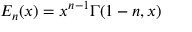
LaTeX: E _ { n } ( x ) = x ^ { n - 1 } \Gamma ( 1 - n , x )